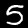
Label: 5